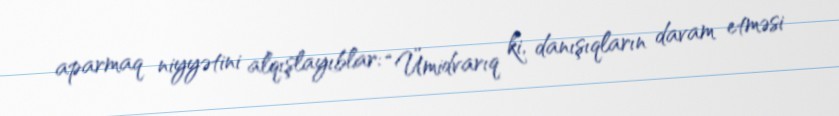
aparmaq niyyətini alqışlayıblar: “Ümidvarıq ki, danışıqların davam etməsi